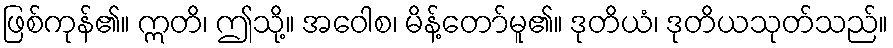
ဖြစ်ကုန်၏။ ဣတိ၊ ဤသို့။ အဝေါစ၊ မိန့်တော်မူ၏။ ဒုတိယံ၊ ဒုတိယသုတ်သည်။